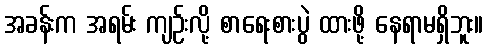
အခန်းက အရမ်း ကျဉ်းလို့ စာရေးစားပွဲ ထားဖို့ နေရာမရှိဘူး။